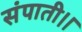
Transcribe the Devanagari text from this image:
संपाती।।